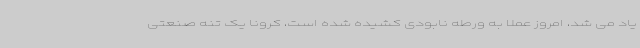
یاد می شد، امروز عملا به ورطه نابودی کشیده شده است، کرونا یک تنه صنعتی